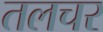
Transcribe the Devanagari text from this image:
तलचर